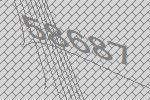
58687